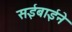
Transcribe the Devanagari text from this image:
सईबाईने